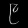
Digit: ၉